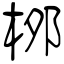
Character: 桞